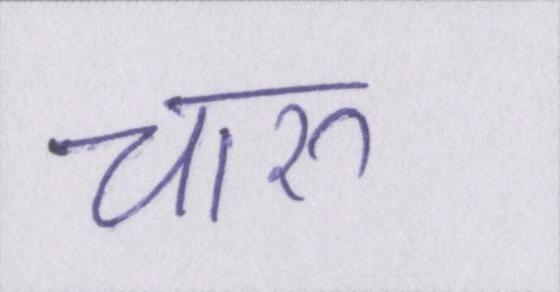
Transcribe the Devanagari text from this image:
चारु